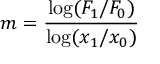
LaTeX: m = { \frac { \log ( F _ { 1 } / F _ { 0 } ) } { \log ( x _ { 1 } / x _ { 0 } ) } }